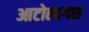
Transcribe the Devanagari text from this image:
आटोलागस